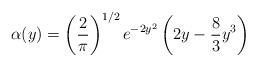
LaTeX: \begin{align*}\alpha(y)=\left(\frac{2}{\pi}\right)^{1/2}e^{-2y^{2}}\left(2y-\frac{8}{3}y^{3}\right)\end{align*}